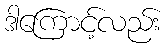
ဒါကြောင့်လည်း